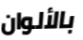
بالألوان